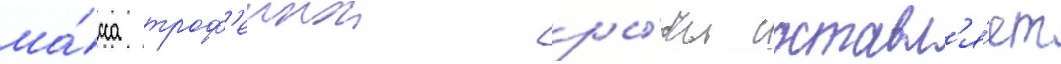
ма́сса троф'еинои ры́бы составл'я́ет